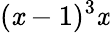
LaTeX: (\mathit{x}-1)^{3}\mathit{x}